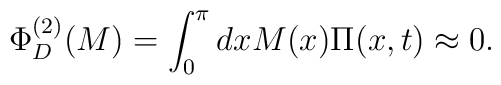
\Phi_D^{(2)}(M)=\int_{0}^{\pi}dxM(x)\Pi(x,t)\approx 0.